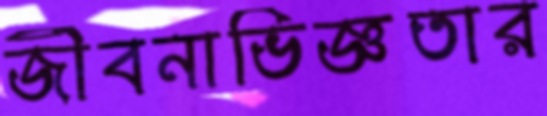
জীবনাভিজ্ঞতার